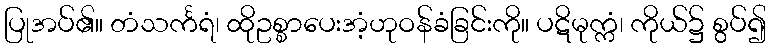
ပြုအပ်၏။ တံသင်္ကရံ၊ ထိုဥစ္စာပေးအံ့ဟုဝန်ခံခြင်းကို။ ပဋိမုက္ကံ၊ ကိုယ်၌ စွပ်၍